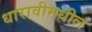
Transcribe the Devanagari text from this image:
धारावीमधील